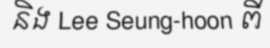
និង Lee Seung-hoon ពី